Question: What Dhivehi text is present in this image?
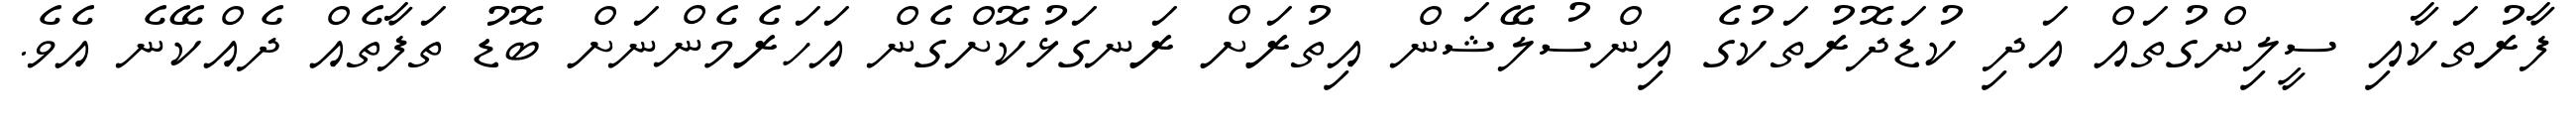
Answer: ފާރުތަކާއި ސީލިންގުތައް އަދި ކުޑަދޮރުތަކުގެ އިންސުލޭޝަން އިތުރަށް ރަނގަޅުކޮށްގެން އަހަރެމެންނަށް ބޮޑު ތަފާތެއް ދެއްކޭނެ އެވެ.